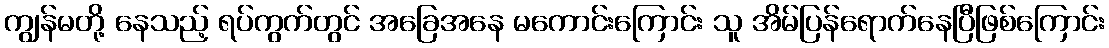
ကျွန်မတို့ နေသည့် ရပ်ကွက်တွင် အခြေအနေ မကောင်းကြောင်း သူ အိမ်ပြန်ရောက်နေပြီဖြစ်ကြောင်း